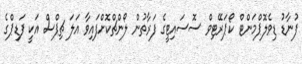
ފުނާޑު ޑިވެލޮޕްމަންޓް ކޯޕަރޭޓިވް ސޮސައިޓީގެ ފަރާތުން ލޯންޗްކޮށްފައިވާ އަލަ ޗިޕްސް އަކީ ފަޑިޕްގެ